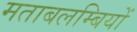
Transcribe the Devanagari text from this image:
मताबलम्बियों